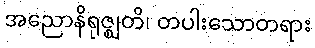
အညောနိရုဇ္ဈတိ၊ တပါးသောတရား